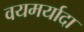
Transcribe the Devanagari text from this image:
वयमर्यादा